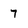
Character: 7